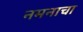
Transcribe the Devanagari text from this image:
नमनाचा